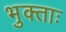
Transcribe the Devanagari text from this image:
भुक्ताः